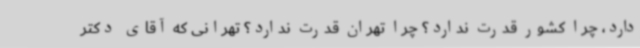
دارد، چرا کشور قدرت ندارد؟ چرا تهران قدرت ندارد؟ تهرانی که آقای دکتر